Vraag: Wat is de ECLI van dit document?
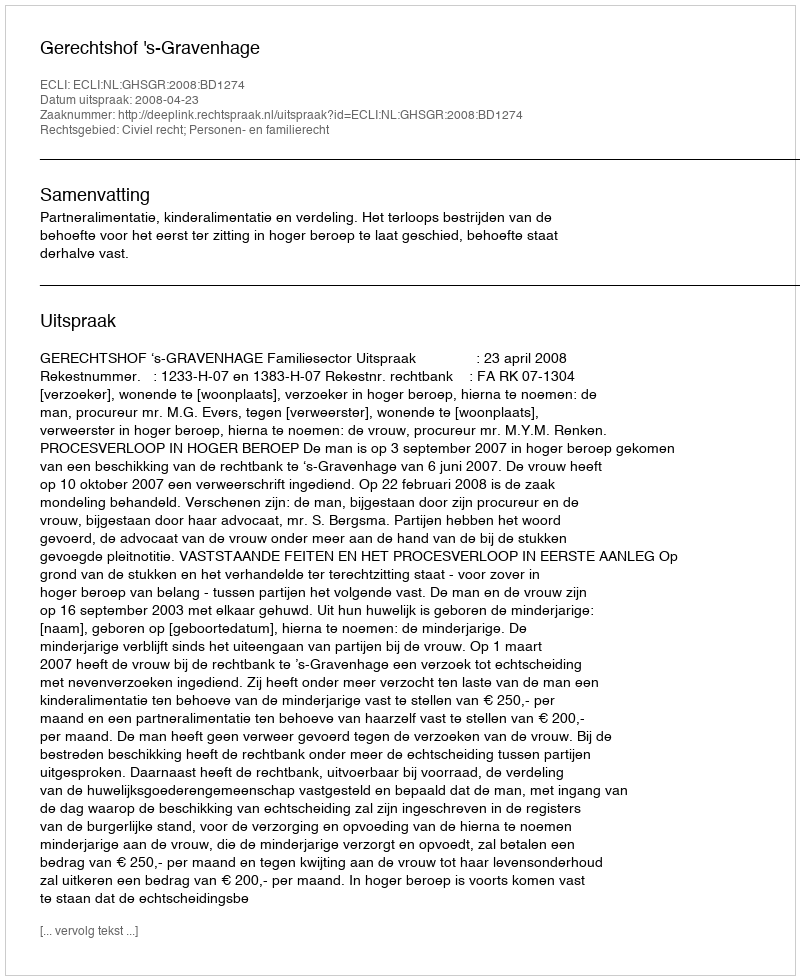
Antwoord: ECLI:NL:GHSGR:2008:BD1274